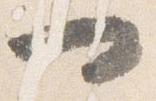
一